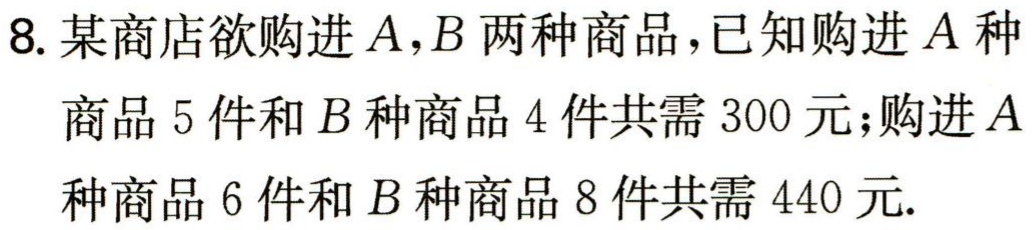
8. 某商店欲购进\(A,B\)两种商品，已知购进\(A\)种商品\(5\)件和\(B\)种商品\(4\)件共需\(300\)元；购进\(A\)种商品\(6\)件和\(B\)种商品\(8\)件共需\(440\)元.